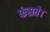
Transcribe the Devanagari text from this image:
फंसते।